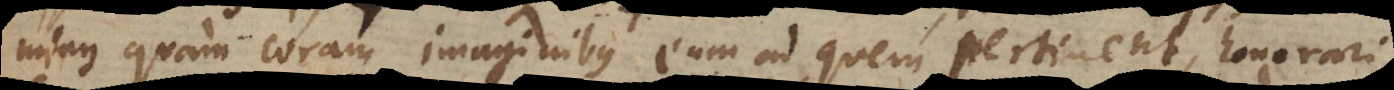
minus quam coram imaginibus eum ad quem pertinent, honorari